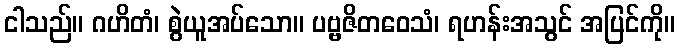
ငါသည်။ ဂဟိတံ၊ စွဲယူအပ်သော။ ပဗ္ဗဇိတဝေသံ၊ ရဟန်းအသွင် အပြင်ကို။